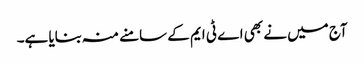
آج میں نے بھی اے ٹی ایم کے سامنے منہ بنایا ہے۔